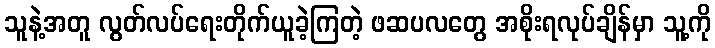
သူနဲ့အတူ လွတ်လပ်ရေးတိုက်ယူခဲ့ကြတဲ့ ဖဆပလတွေ အစိုးရလုပ်ချိန်မှာ သူ့ကို